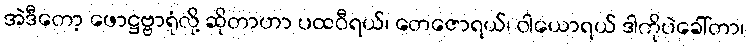
အဲဒီတော့ ဖောဋ္ဌဗ္ဗာရုံလို့ ဆိုတာဟာ ပထဝီရယ်၊ တေဇောရယ်၊ ဝါယောရယ် ဒါကိုပဲခေါ်တာ၊